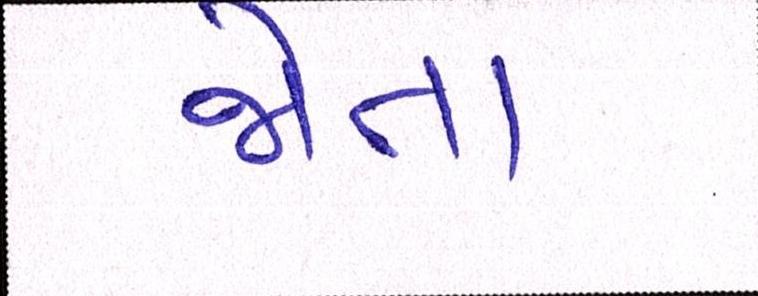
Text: જોતા